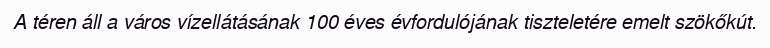
A téren áll a város vízellátásának 100 éves évfordulójának tiszteletére emelt szökőkút.